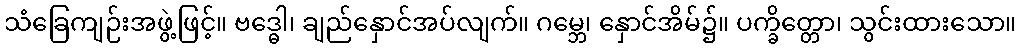
သံခြေကျဉ်းအဖွဲ့ဖြင့်။ ဗဒ္ဓေါ၊ ချည်နှောင်အပ်လျက်။ ဂမ္ဘေ၊ နှောင်အိမ်၌။ ပက္ခိတ္တော၊ သွင်းထားသော။